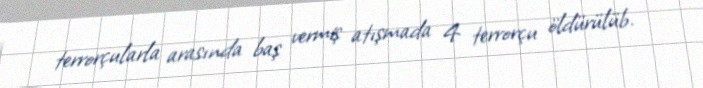
terrorçularla arasında baş vermiş atışmada 4 terrorçu öldürülüb.